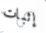
إثبات